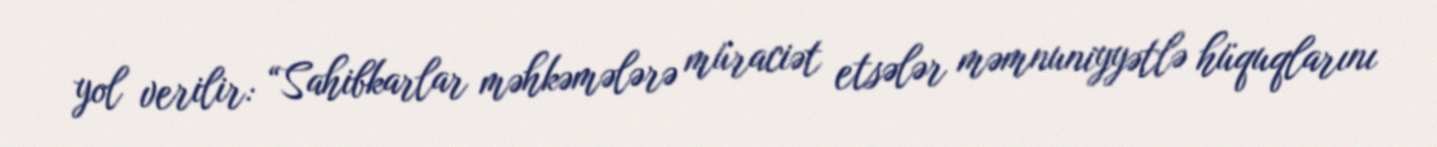
yol verilir: “Sahibkarlar məhkəmələrə müraciət etsələr məmnuniyyətlə hüquqlarını